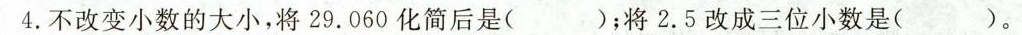
4.不改变小数的大小，将29.060化简后是( )；将2.5改成三位小数是( )。